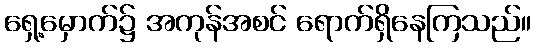
ရှေ့မှောက်၌ အကုန်အစင် ရောက်ရှိနေကြသည်။